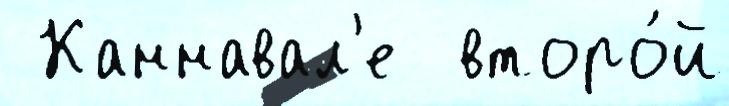
 Каннавал'е  второ́й